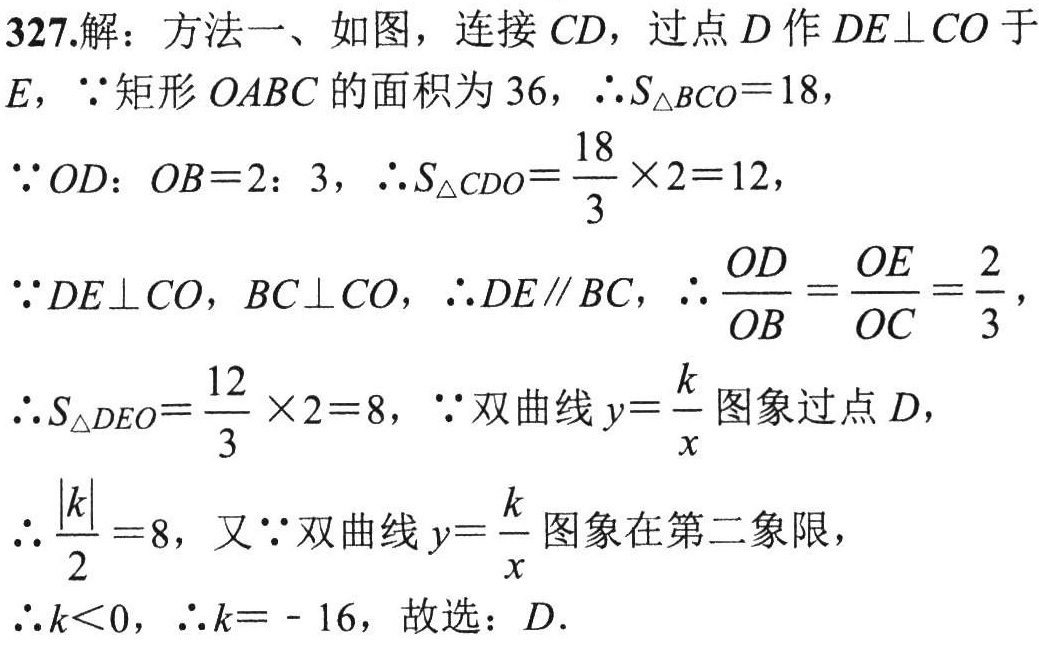
327.解：方法一、如图，连接 \(CD\)，过点 \(D\) 作 \(DE\perp CO\) 于 \(E\)，\(\because\) 矩形 \(OABC\) 的面积为 \(36\)，\(\therefore S_{\triangle BCO}=18\)，

\(\because OD:OB = 2:3\)，\(\therefore S_{\triangle CDO}=\frac{18}{3}\times2 = 12\)，

\(\because DE\perp CO\)，\(BC\perp CO\)，\(\therefore DE\parallel BC\)，\(\therefore \frac{OD}{OB}=\frac{OE}{OC}=\frac{2}{3}\)，

\(\therefore S_{\triangle DEO}=\frac{12}{3}\times2 = 8\)，\(\because\) 双曲线 \(y = \frac{k}{x}\) 图象过点 \(D\)，

\(\therefore \frac{\vert k\vert}{2}=8\)，又 \(\because\) 双曲线 \(y = \frac{k}{x}\) 图象在第二象限，

\(\therefore k\lt0\)，\(\therefore k = - 16\)，故选：\(D\).